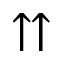
\upuparrows